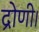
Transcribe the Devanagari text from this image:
द्रोणी।